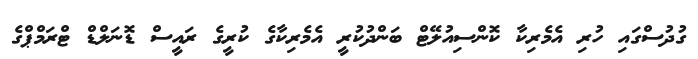
ގުދުސްގައި ހުރި އެމެރިކާ ކޮންސިއުލޭޓް ބަންދުކުރީ އެމެރިކާގެ ކުރީގެ ރައީސް ޑޮނަލްޑް ޓްރަމްޕްގެ